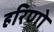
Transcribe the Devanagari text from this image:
हरिणो